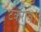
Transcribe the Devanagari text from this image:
टकराव।